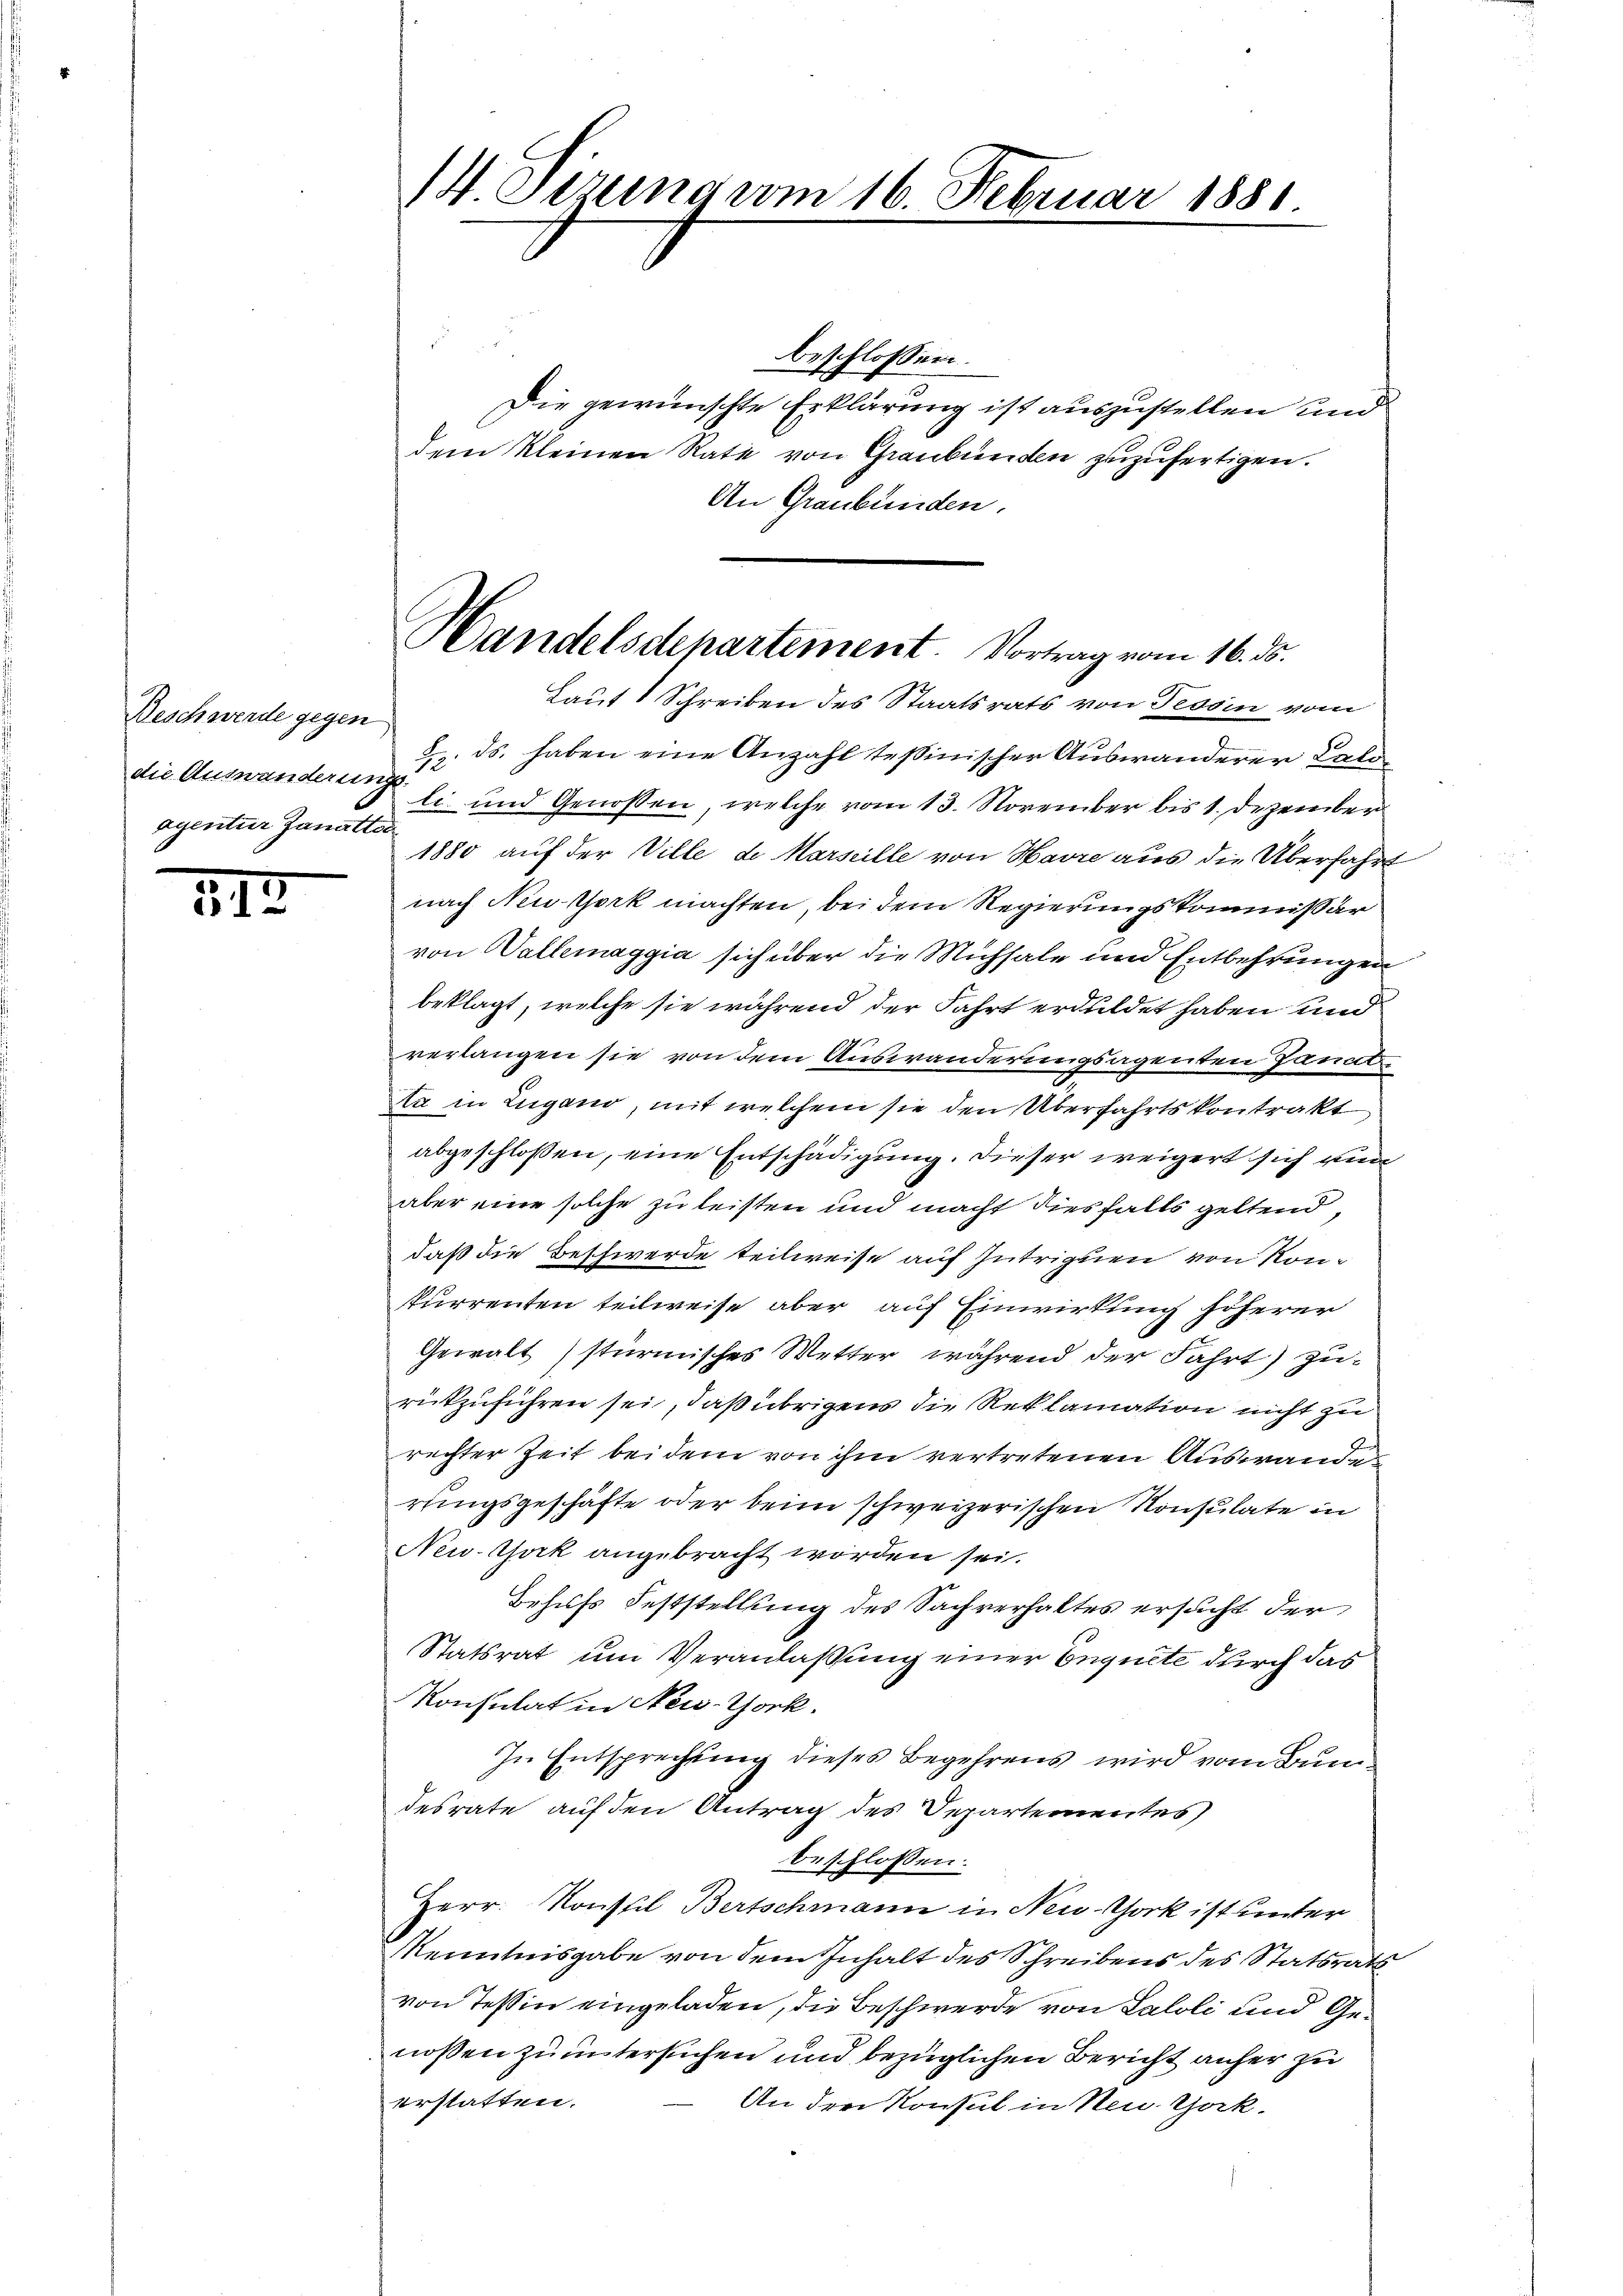
Beschwerde gegen
die Auswanderung
agentur Zanatta

512

14 Setzung vom 16. Februar 1881.

Handelsdepartement. Vortrag vom 16. ds.

beschlossen:
Die gewünschte Erklärung ist auszustellen und
dem kleinen Rate von Graubünden zuzufertigen.
An Graubünden.
Laut 1 Schreiben des Staatsrats von Tessin vom
2. ds. haben eine Anzahl tessinischer Auswanderer Kalo
li und Genossen, welche vom 13. November bis 1. Dezember
1880 auf der Ville de Marseille von Havre aus die Überfahr
nach New-York machten, bei dem Regierungskommißar
von Wallemaggia sich über die Mühsale und Entbehrungen
beklagt, welche sie während der Fahrt erduldet haben und
verlangen sie von dem Auswanderungsagenten Sanate
ta in Lugano, mit welchem sie den Überfahrtskontrakt
abgeschlossen, eine Entschädigung. Dieser weigert sich nun
aber eine solche zu leisten und macht diesfalls geltend,
daß die Beschwerde teilweise auf Intriguen von Konkurrenten teilweise aber auf Einwirkung höherer
Gewalt stürmisches Wetter, während der Fahrt) zu-
rückzuführen sei, daß übrigens die Reklamation nicht zu
2
rechter Zeit beidem von ihm vertretenen Auswande
rungsgeschäfte oder beim schweizerischen Konsulate in
New-York angebracht worden sei.
Behufs Feststellung des Sachverhaltes ersucht der
Statsrat um Veranlaßung einer Enquite durch das
Konsulat in New-York.
In Entsprechung dieses Begehrens wird vom Bundesrate auf den Antrag des Departementes
beschlossen:
Herr Konstil Bertschmann in New-York ist unter
Kenntnisgabe von dem Inhalt des Schreibens des Statsrath
von Tessin eingeladen, die Beschwerde von Saloli und Genoßen zu untersuchen und bezüglichen Bericht anher zu
erstatten.
An den Konsul in Neu York.